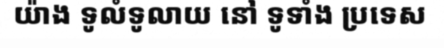
យ៉ាង ទូលំទូលាយ នៅ ទូទាំង ប្រទេស